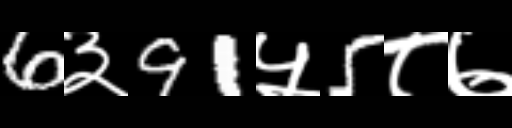
Text: 6३91५5८७